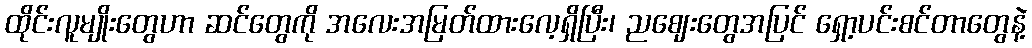
ထိုင်းလူမျိုးတွေဟာ ဆင်တွေကို အလေးအမြတ်ထားလေ့ရှိပြီး၊ ညဈေးတွေအပြင် ရှော့ပင်းစင်တာတွေနဲ့